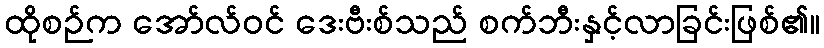
ထိုစဉ်က အော်လ်ဝင် ဒေးဗီးစ်သည် စက်ဘီးနှင့်လာခြင်းဖြစ်၏။